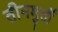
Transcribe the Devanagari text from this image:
तीनमुर्ती